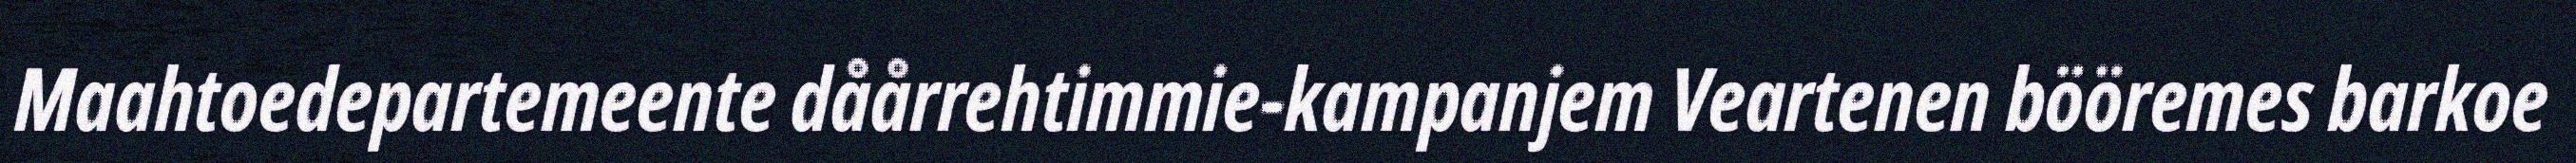
Maahtoedepartemeente dåårrehtimmie-kampanjem Veartenen bööremes barkoe